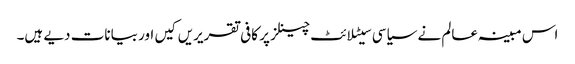
اس مبینہ عالم نے سیاسی سیٹلائٹ چینلز پر کافی تقریریں کیں اور بیانات دیے ہیں۔